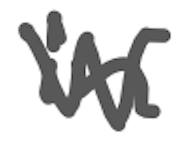
Text: in
Cross-out: zig-zag
Writing tool: digital_gray